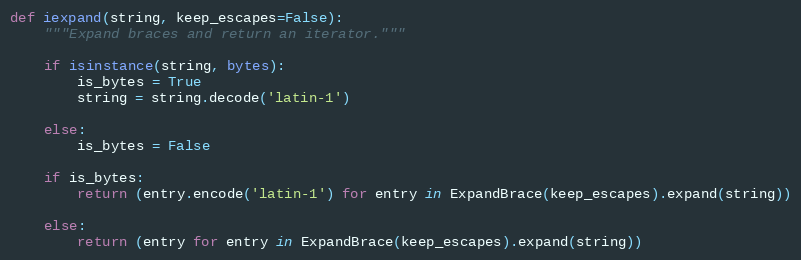
Language: Python
def iexpand(string, keep_escapes=False):
    """Expand braces and return an iterator."""

    if isinstance(string, bytes):
        is_bytes = True
        string = string.decode('latin-1')

    else:
        is_bytes = False

    if is_bytes:
        return (entry.encode('latin-1') for entry in ExpandBrace(keep_escapes).expand(string))

    else:
        return (entry for entry in ExpandBrace(keep_escapes).expand(string))